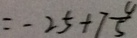
= - 2 5 + 7 \frac { 4 } { 5 }